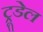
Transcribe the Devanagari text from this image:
ट्रूडेल